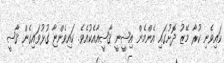
ކައިވެނި ކުރާ މޭޒު ދޮށުގައި އެންމެން އިޝީނީ ޤާޟީއާއެކުއެވެ. ކައިވެންޏާ ގުޅުވައިގެން ޤާޟީ